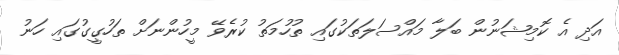
އަދި އެ ކޮމިޝަނުން ބަލާ މައްސަލަތަކުގައި ތުހުމަތު ކުރެވޭ މީހުންނަށް ތަހުގީގުގައި ހަނު